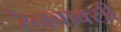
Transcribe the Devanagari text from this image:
रैनबाक्सी